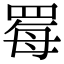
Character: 䍙